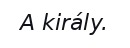
A király.